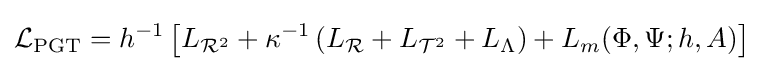
{\mathcal {L}}_{\mathrm {PGT} }=h^{-1}\left[L_{{\mathcal {R}}^{2}}+\kappa ^{-1}\left(L_{\mathcal {R}}+L_{{\mathcal {T}}^{2}}+L_{\Lambda }\right)+L_{m}(\Phi ,\Psi ;h,A)\right]